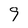
Character: 9